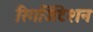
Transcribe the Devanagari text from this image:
रिगर्जिटेशन